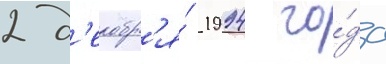
2 д'екабр'я́ 1994 го́да